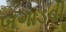
બગાડવી